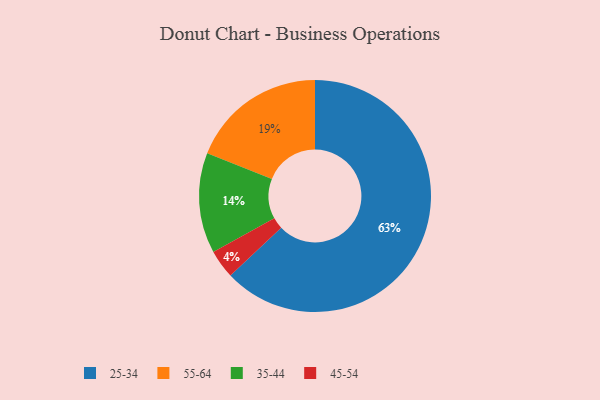
{"axis": {"x": "Category", "y": "Percentage"}, "legend": ["25-34", "35-44", "45-54", "55-64"], "data": [{"x": "55-64", "y": 19, "type": "55-64"}, {"x": "25-34", "y": 63, "type": "25-34"}, {"x": "45-54", "y": 4, "type": "45-54"}, {"x": "35-44", "y": 14, "type": "35-44"}]}